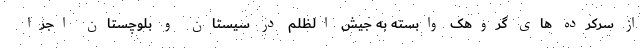
از سرکرده های گروهک وابسته به جیش الظلم در سیستان و بلوچستان اجرا